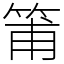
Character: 𥮉